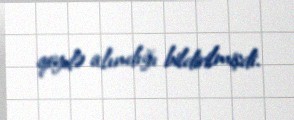
qeydə alındığı bildirilmişdi.